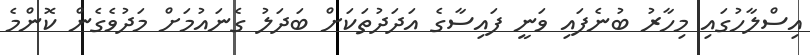
އިސްލާހުގައި މިހާރު ބުނެފައި ވަނީ ފައިސާގެ އަދަދުތަކަށް ބަދަލު ގެނައުމަށް މަދުވެގެން ކޮންމެ